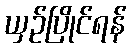
ယှဉ်ပြိုင်ရန်